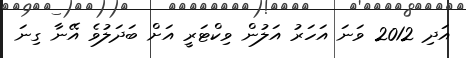
އަދި 2012 ވަނަ އަހަރު އަލުން ވިކްޓަރީ އަށް ބަދަލުވެ އޭނާ ގިނަ